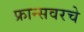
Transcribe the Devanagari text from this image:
फ्रान्सवरचे